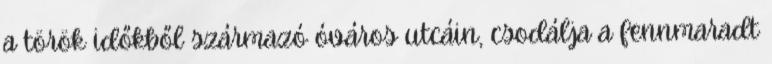
a török időkből származó óváros utcáin, csodálja a fennmaradt